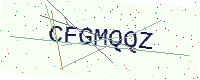
Text: CFGMQQZ